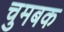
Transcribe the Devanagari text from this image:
चुमबक